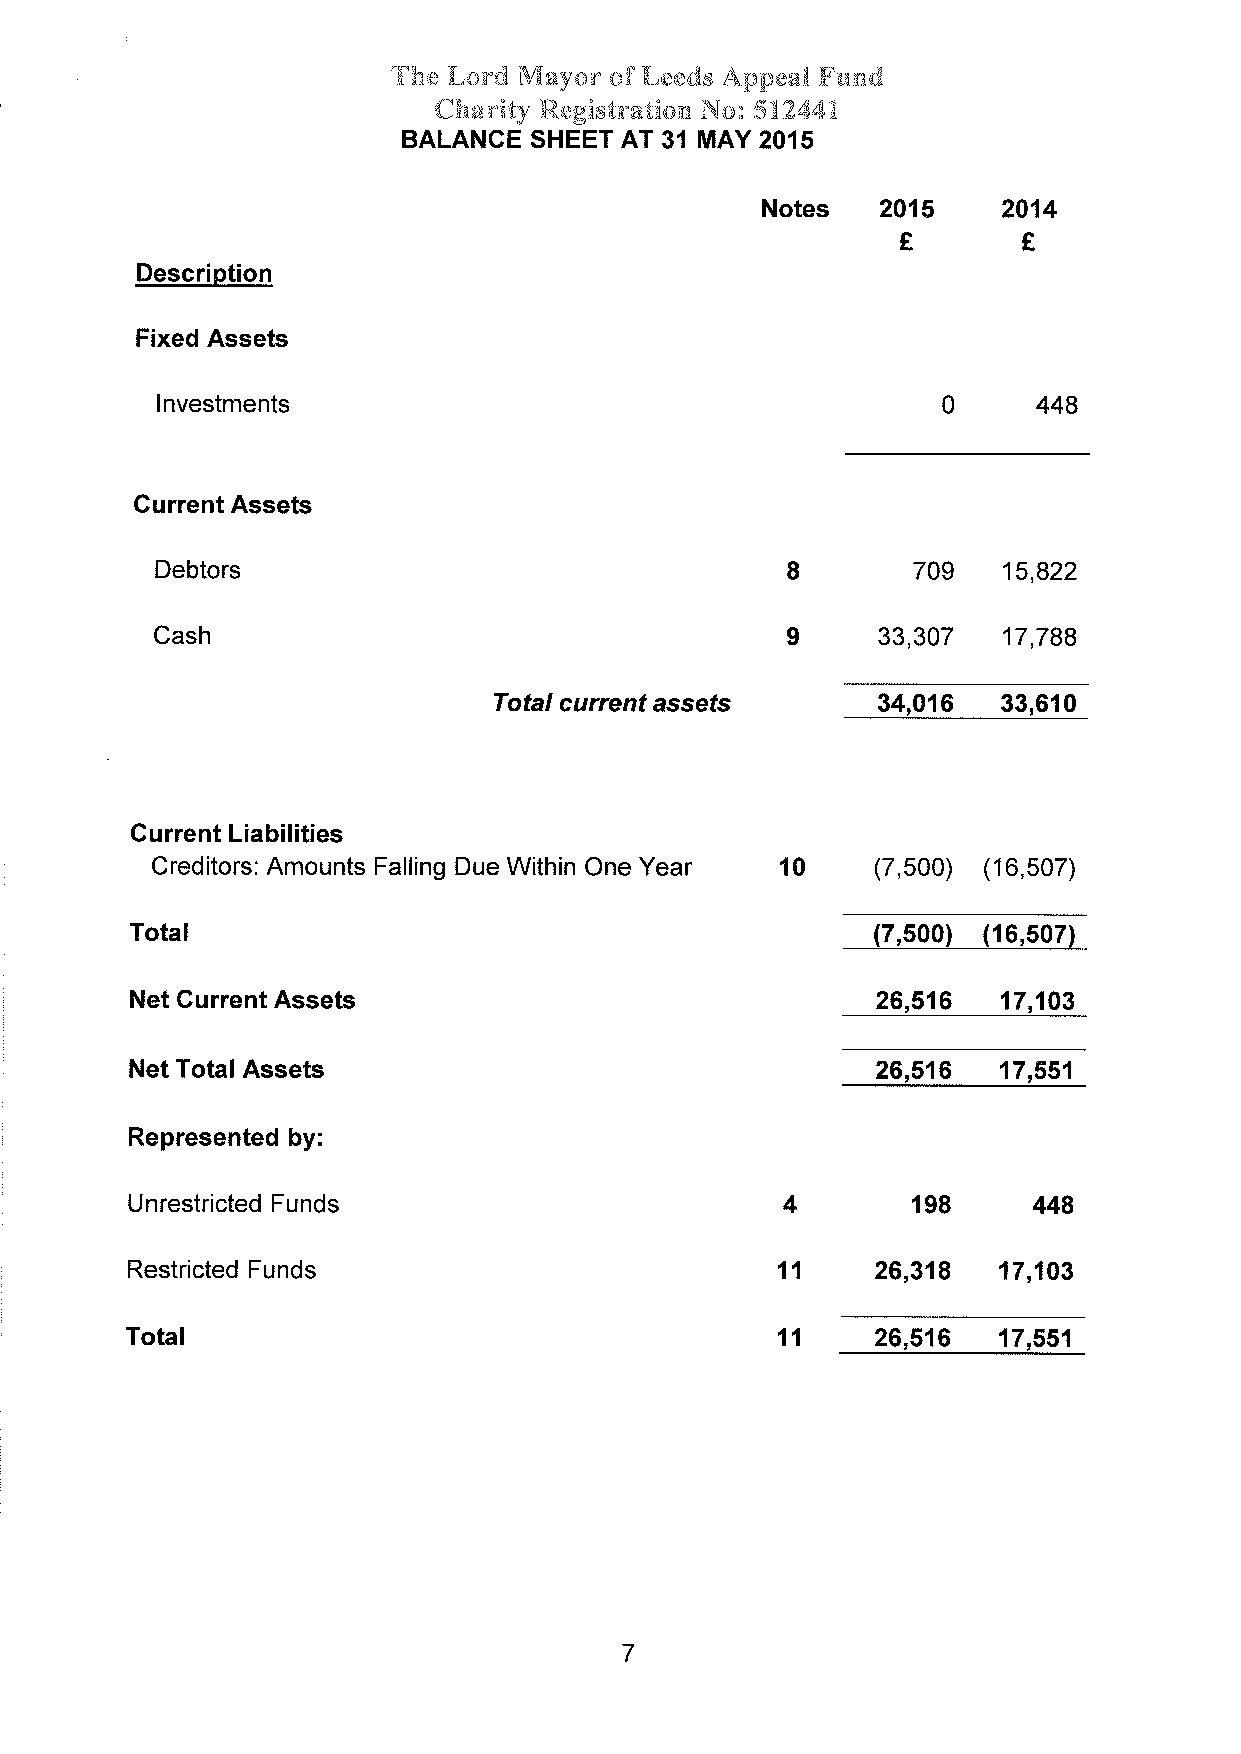
The Lord Mayor of Leeds Appeal Fund
 Charity Registration No: 512441
 BALANCE SHEET AT 31 MAY 2015
 Notes   2015    2014
 Ê       Ê
 Description
 Fixed Assets
 lnvestments                                         0      448
 Gurrent Assets
 I       709
 Debtors                                                 15,822
 I     33,307
 Cash                                                    17,788
 34,016
 Total current asseús             33,610
 Current Liabilities
 l0
 Creditors: Amounts Falling Due Within One Year  (7,500) ('16,507)
 Total                                            (7,500) (16,507)
 26,516
 Net Gurrent Assets                                       17,103
 26,516
 Net Total Assets                                         17,551
 Represented by:
 Unrestricted Funds                         4       198      448
 11     26,318
 Restricted Funds                                          17,103
 11
 Total                                             26,516  17,551
 7